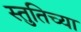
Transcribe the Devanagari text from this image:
स्तुतिच्या